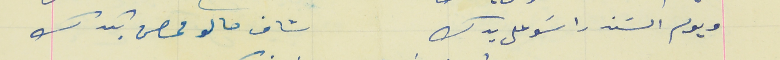
ويوم السَند راسَو على يدك                                شاف حالو محصن بكدك